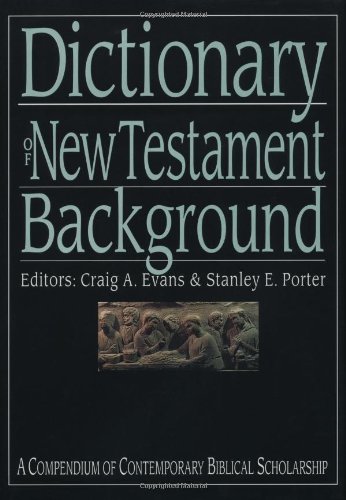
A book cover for Dictionary of New Testament Background (The IVP Bible Dictionary Series); Christian Books & Bibles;